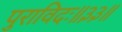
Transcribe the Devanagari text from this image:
पुराविदः॥३३॥